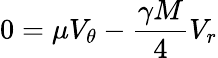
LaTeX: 0=\mu V_{\theta}-\frac{\gamma M}{4}V_{r}